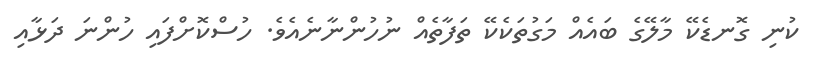
ކުނި ގޮނޑެކޭ މާލޭގެ ބައެއް މަގުތަކެކޭ ތަފާތެއް ނުހުންނާނެއެވެ. ހުސްކޮށްފައި ހުންނަ ދަޅާއި